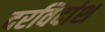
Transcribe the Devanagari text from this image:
दरविदांश